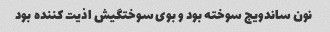
نون ساندویج سوخته بود و بوی سوختگیش اذیت کننده بود